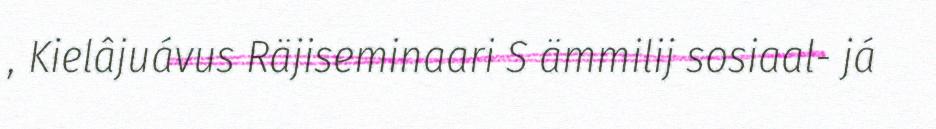
, Kielâjuávus Räjiseminaari S ämmilij sosiaal- já